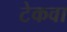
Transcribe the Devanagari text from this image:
टेकवा